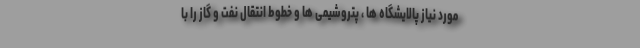
مورد نیاز پالایشگاه ها ، پتروشیمی ها و خطوط انتقال نفت و گاز را با